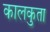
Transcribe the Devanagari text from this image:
कालकुता